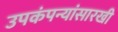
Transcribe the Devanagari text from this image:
उपकंपन्यांसारखी